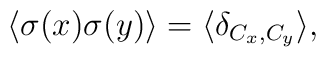
\langle \sigma(x)\sigma(y) \rangle = \langle \delta_{C_x,C_y}\rangle ,\protect